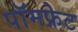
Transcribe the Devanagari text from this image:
पॉमफ्रेट